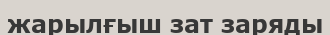
жарылғыш зат заряды